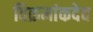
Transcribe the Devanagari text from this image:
विक्रमांकदेव